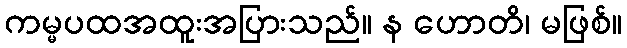
ကမ္မပထအထူးအပြားသည်။ န ဟောတိ၊ မဖြစ်။